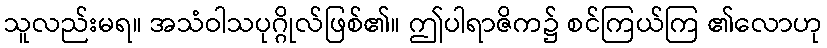
သူလည်းမရ။ အသံဝါသပုဂ္ဂိုလ်ဖြစ်၏။ ဤပါရာဇိက၌ စင်ကြယ်ကြ ၏လောဟု